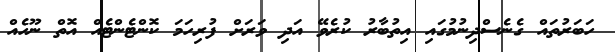
ހަބަރުތައް ގެނެސްދިނުމުގައި އިތުބާރު ކުރެވޭ އަދި ވަރަށް ފުރިހަމަ ކޮންޓެންޓެއް އޮތް ނޫހެއް